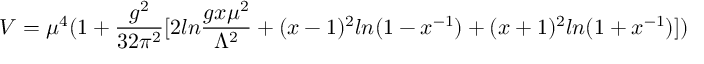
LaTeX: V = \mu ^ { 4 } ( 1 + { \frac { g ^ { 2 } } { 3 2 \pi ^ { 2 } } } [ 2 l n { \frac { g x \mu ^ { 2 } } { \Lambda ^ { 2 } } } + ( x - 1 ) ^ { 2 } l n ( 1 - x ^ { - 1 } ) + ( x + 1 ) ^ { 2 } l n ( 1 + x ^ { - 1 } ) ] )